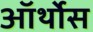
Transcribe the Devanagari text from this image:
ऑर्थोस